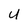
Character: U